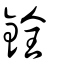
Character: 銓